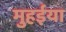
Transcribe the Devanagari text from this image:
मुहईया